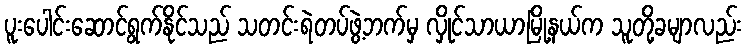
ပူးပေါင်းဆောင်ရွက်နိုင်သည် သတင်းရဲတပ်ဖွဲ့ဘက်မှ လှိုင်သာယာမြို့နယ်က သူတို့ခမျာလည်း